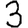
Digit: 3